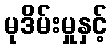
မုဒိမ်းမှုနှင့်